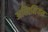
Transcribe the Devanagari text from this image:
अधिानियम